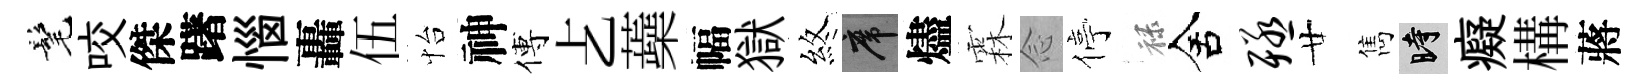
髦咬傑躇惱轟伍怡神傅𠧒蘃幅獄煞席燼霖𫝹停禄舍殛廿雋时癡構蔣